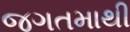
જગતમાથી